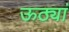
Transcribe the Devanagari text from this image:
ऊठ्यां